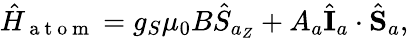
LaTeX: {}\hat{H}_{\mathrm{~a~t~o~m~}}=g_{S}\mu_{0}B\hat{S}_{a_{Z}}+A_{a}\hat{\mathbf{I}}_{a}\cdot\hat{\mathbf{S}}_{a},